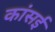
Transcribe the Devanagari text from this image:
कांसई